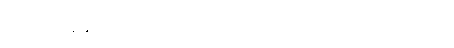
ပုံသဏ္ဍာန်နှင့် အချက်ပြ ဆက်သွယ်မှုသာ အခရာကျသည်။